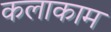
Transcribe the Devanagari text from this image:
कलाकाम